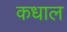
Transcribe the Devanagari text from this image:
कधाल